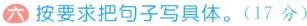
六 按要求把句子写具体。(17分)